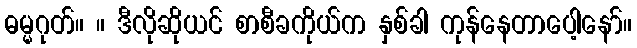
ဓမ္မဂုတ်။ ။ ဒီလိုဆိုယင် စာစီခကိုယ်က နှစ်ခါ ကုန်နေတာပေါ့နော်။